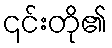
၎င်းတို၏